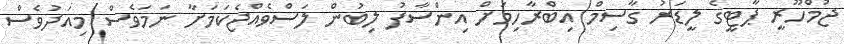
ޖުމްހޫރީ ޕާޓީގެ ލީޑަރު ގާސިމް އިބްރާހިމަށް އިންސާފު ލިބުން ލަސްވެއްޖެކަމަށާ ނަމަވެސް މިއަދުވެސް